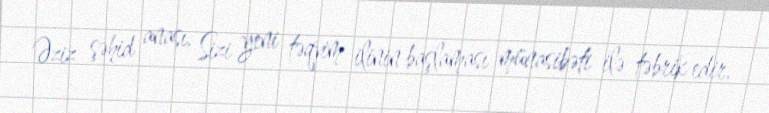
Əziz şəhid anası, Sizi yeni təqvim ilinin başlaması münasibəti ilə təbrik edir,